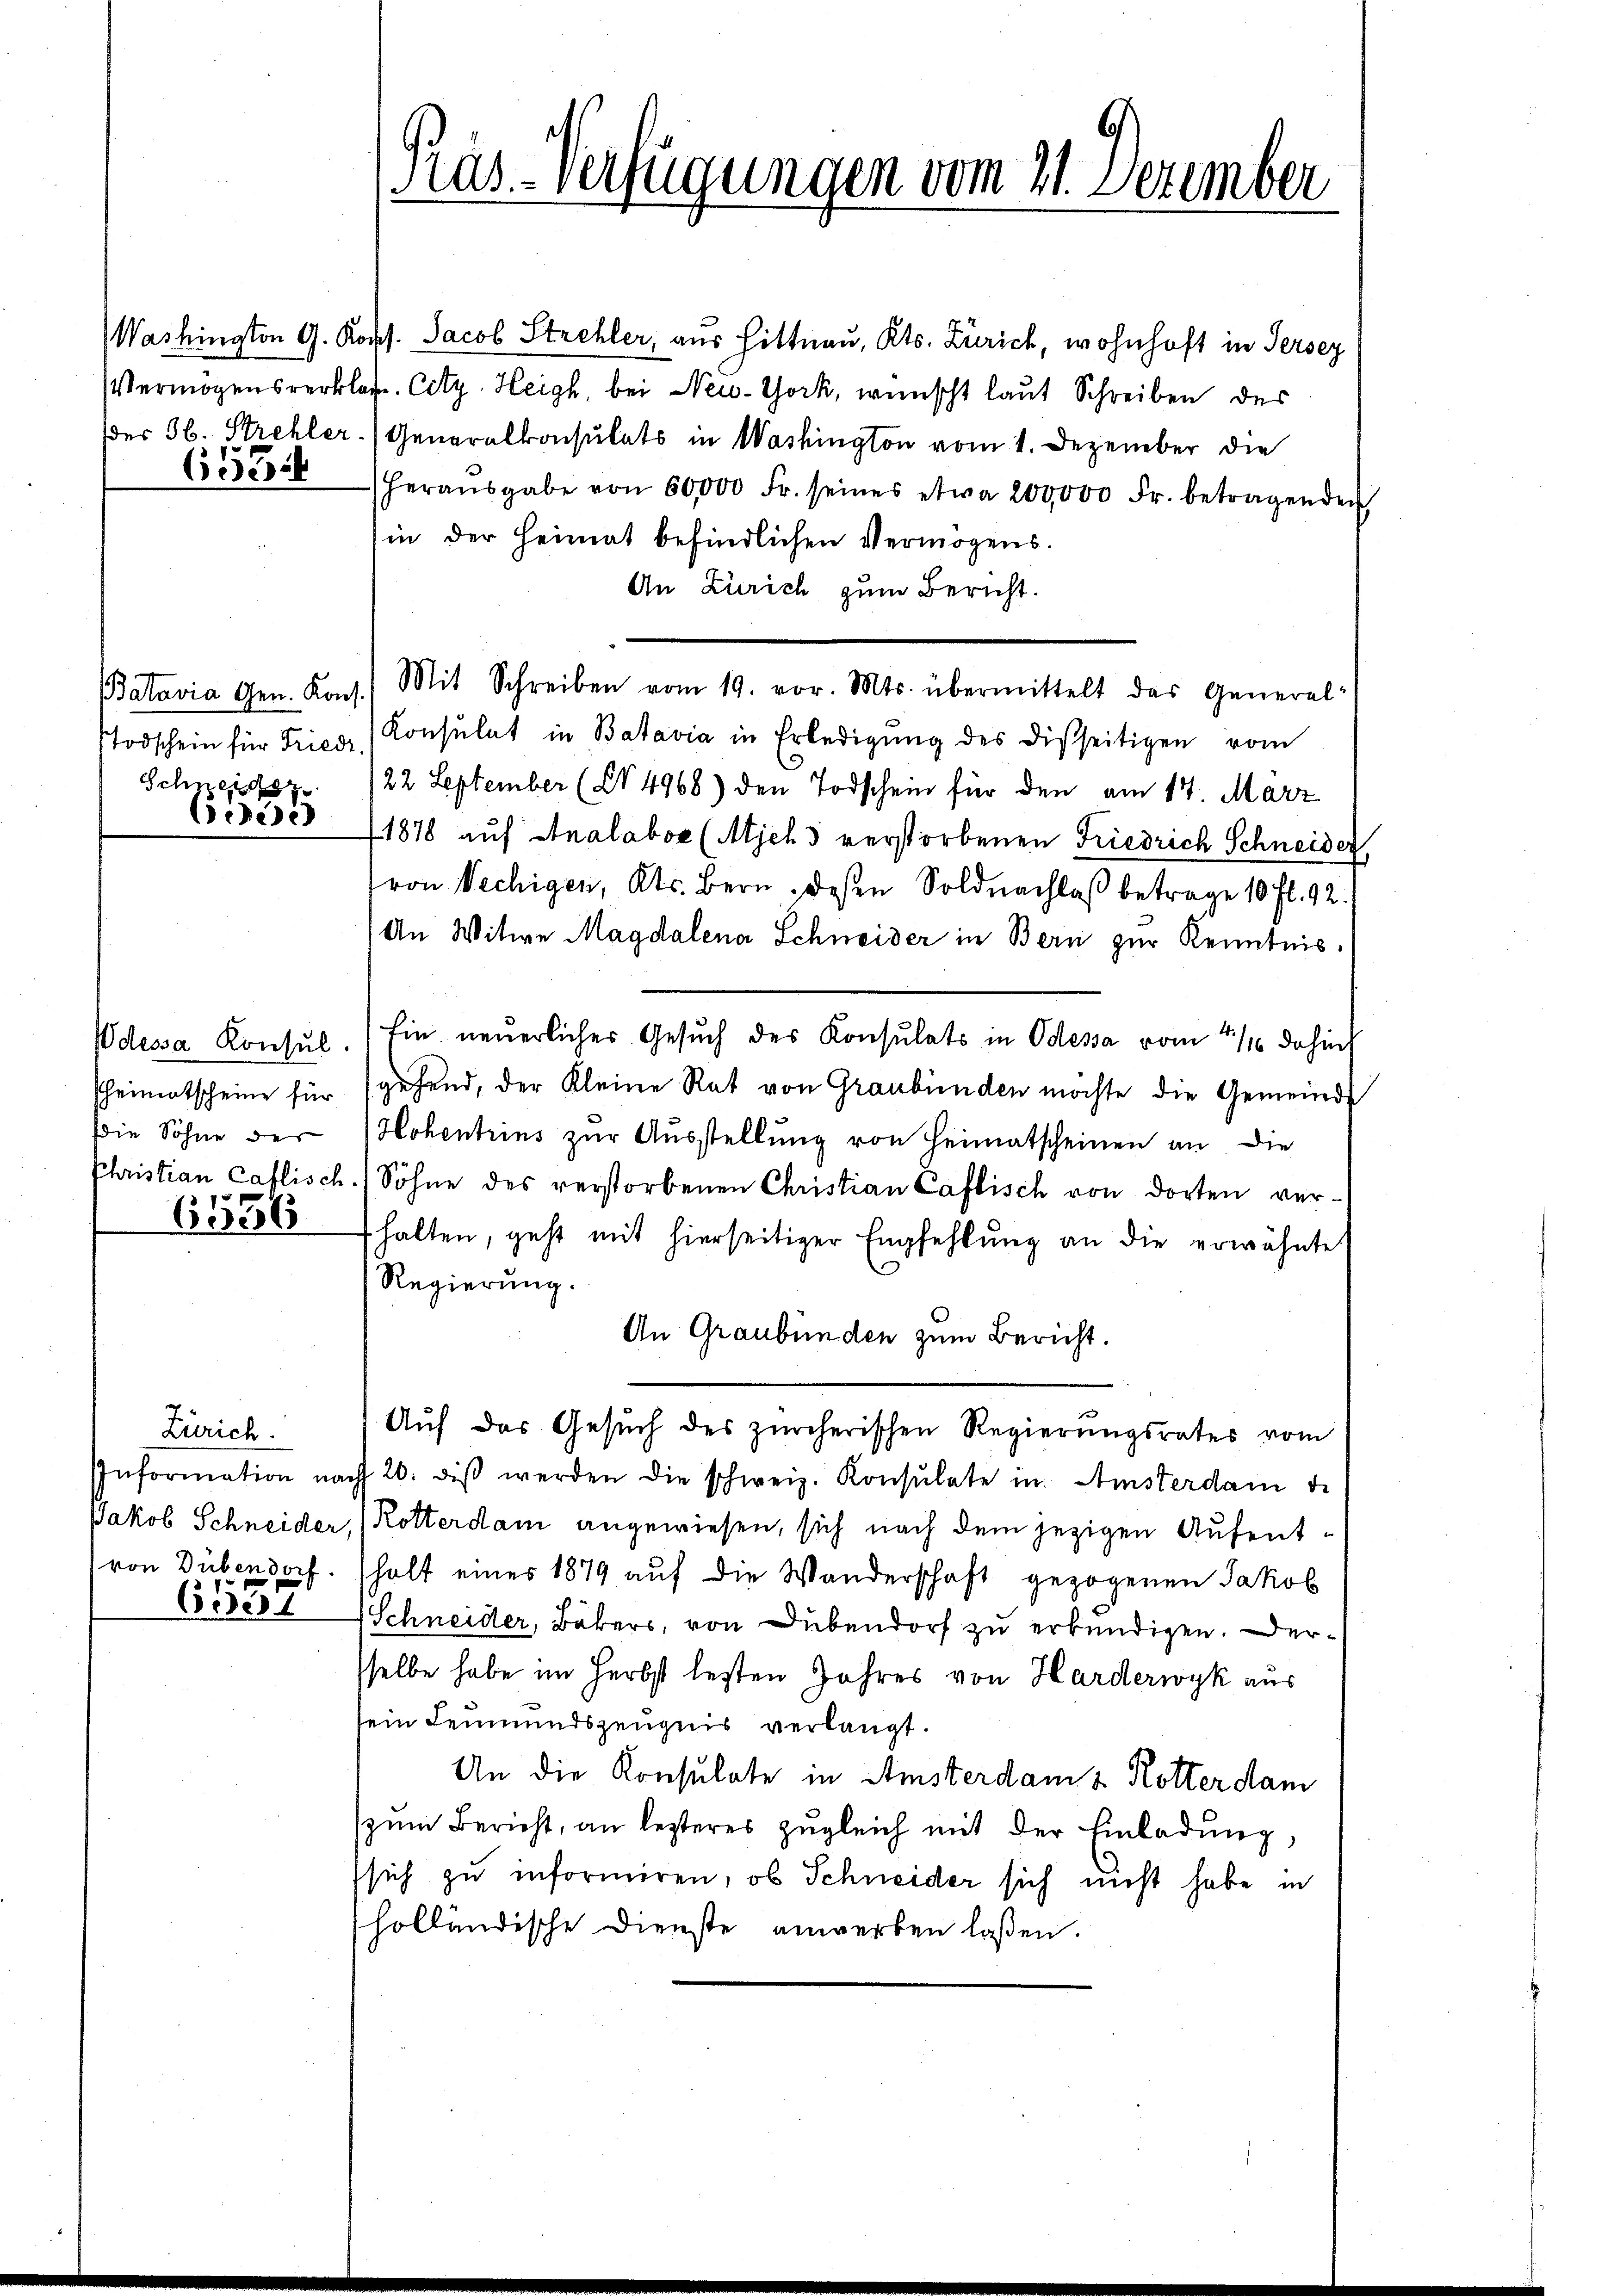
Washington G. K.
Vermögensverkla
dder 36. Strehler.

6531

Batavia Gen. Kons.
Todschein für Friedi
Schneide
e

Podessa Konsul.
Pheimatscheine für
die Söhne der
Christian Caflisch.

6556

Zürich.
Information nac
Jakob Schneider,
von Dübendorf

Eides

Pras-Verfügungen vom 21. Dezember

rs. Jacob Strehler, aus Hittnau, Kts. Zürich, wohnhaft in Persey
. Cetz, Heigh, bei New-York, wünscht laut Schreiben des
Generalkonsulats in Washington vom 1. Dezember die
herausgabe von 60,000 Fr. seines etwa 200,000 Fr. betragenden
in der Heimat befindlichen Vermögens.
An Zürich zum Bericht.
Konsulat in Batavia in Erledigŭng des disseitigen vom
22 September (§ 4968) den Todschein für den am 17. März
1878 auf Analabor (Mich 3 verstorbenen Friedrich Schneider,
von Wechigen, Kts. Bern, deßen Soldnachlaß betrage 10 fl. 92.
An Witwe Magdalena Schneider in Bern zur Kenntnis.
sin neuerliches Gesuch des Konsulats in Odessa vom 1/10 dahin
gehend, der Kleine Rat von Graubünden möchte die Gemeinde
Hohentrins zur Ausstellung von Heimatscheinen an die
Söhne des verstorbenen Christian Caflisch von dorten verhalten, geht mit hierseitiger Empfehlŭng an die erwähnte
Regierung.
An Graubünden zum Bericht.
Auf das Gesuch des zürcherischen Regierungsrates vom
20. diβ werden die schweiz. Konsulate in Amsterdam de
Rotterdam angewiesen, sich nach dem jezigen Aufentshalt eines 1879 auf die Wanderschaft gezogenen Jakob
Schneider, Bäkers, von Dübendorf zu erkundigen. Derselbe habe im Herbst lesten Jahres von Harderwyk aus
sein Leumundszeugnis verlangt.
An die Konsulate in Amsterdam & Rotter dam
zŭm Bericht, an lezteres zŭgleich mit der Einladŭng,
sich zu informiren, ob Schneider sich nicht habe in
holländische Dienste anwerken laßen.

Mit Schreiben vom 19. vor. Mts. übermittelt das General-